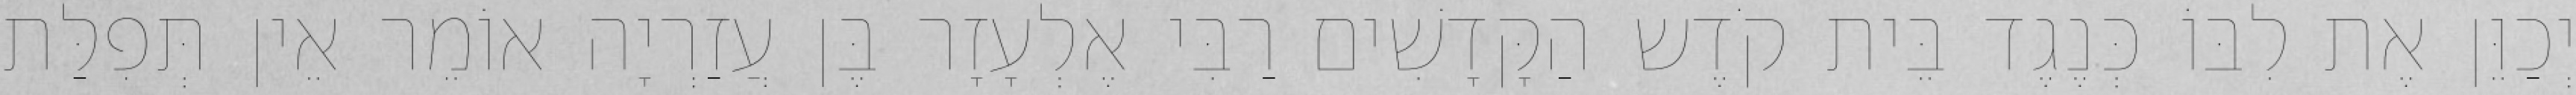
יְכַוֵּן אֶת לִבּוֹ כְּנֶגֶד בֵּית קֹדֶש הַקָּדָשִׁים רַבִּי אֶלְעָזָר בֶּן עֲזַרְיָה אוֹמֵר אֵין תְּפִלַּת